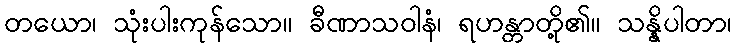
တယော၊ သုံးပါးကုန်သော။ ခီဏာသဝါနံ၊ ရဟန္တာတို့၏။ သန္နိပါတာ၊